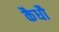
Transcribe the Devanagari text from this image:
कैधौ